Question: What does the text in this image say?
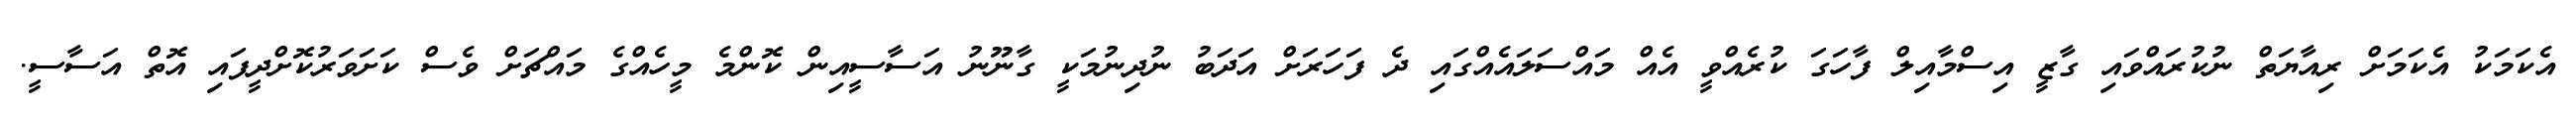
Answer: އެކަމަކު އެކަމަށް ރިއާޔަތް ނުކުރައްވައި ގާޒީ އިސްމާއިލް ފާހަގަ ކުރެއްވީ އެއް މައްސަލައެއްގައި ދެ ފަހަރަށް އަދަބު ނުދިނުމަކީ ގާނޫނު އަސާސީއިން ކޮންމެ މީހެއްގެ މައްޗަށް ވެސް ކަށަވަރުކޮށްދީފައި އޮތް އަސާސީ.